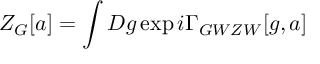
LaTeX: { \cal Z } _ { G } [ a ] = \int { \cal D } g \exp { i \Gamma _ { G W Z W } [ g , a ] }